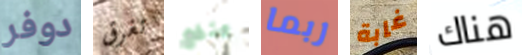
دوفر تغرق ينفع ربما غابة هناك